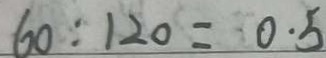
6 0 : 1 2 0 = 0 . 5